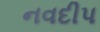
નવદીપ